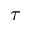
\tau